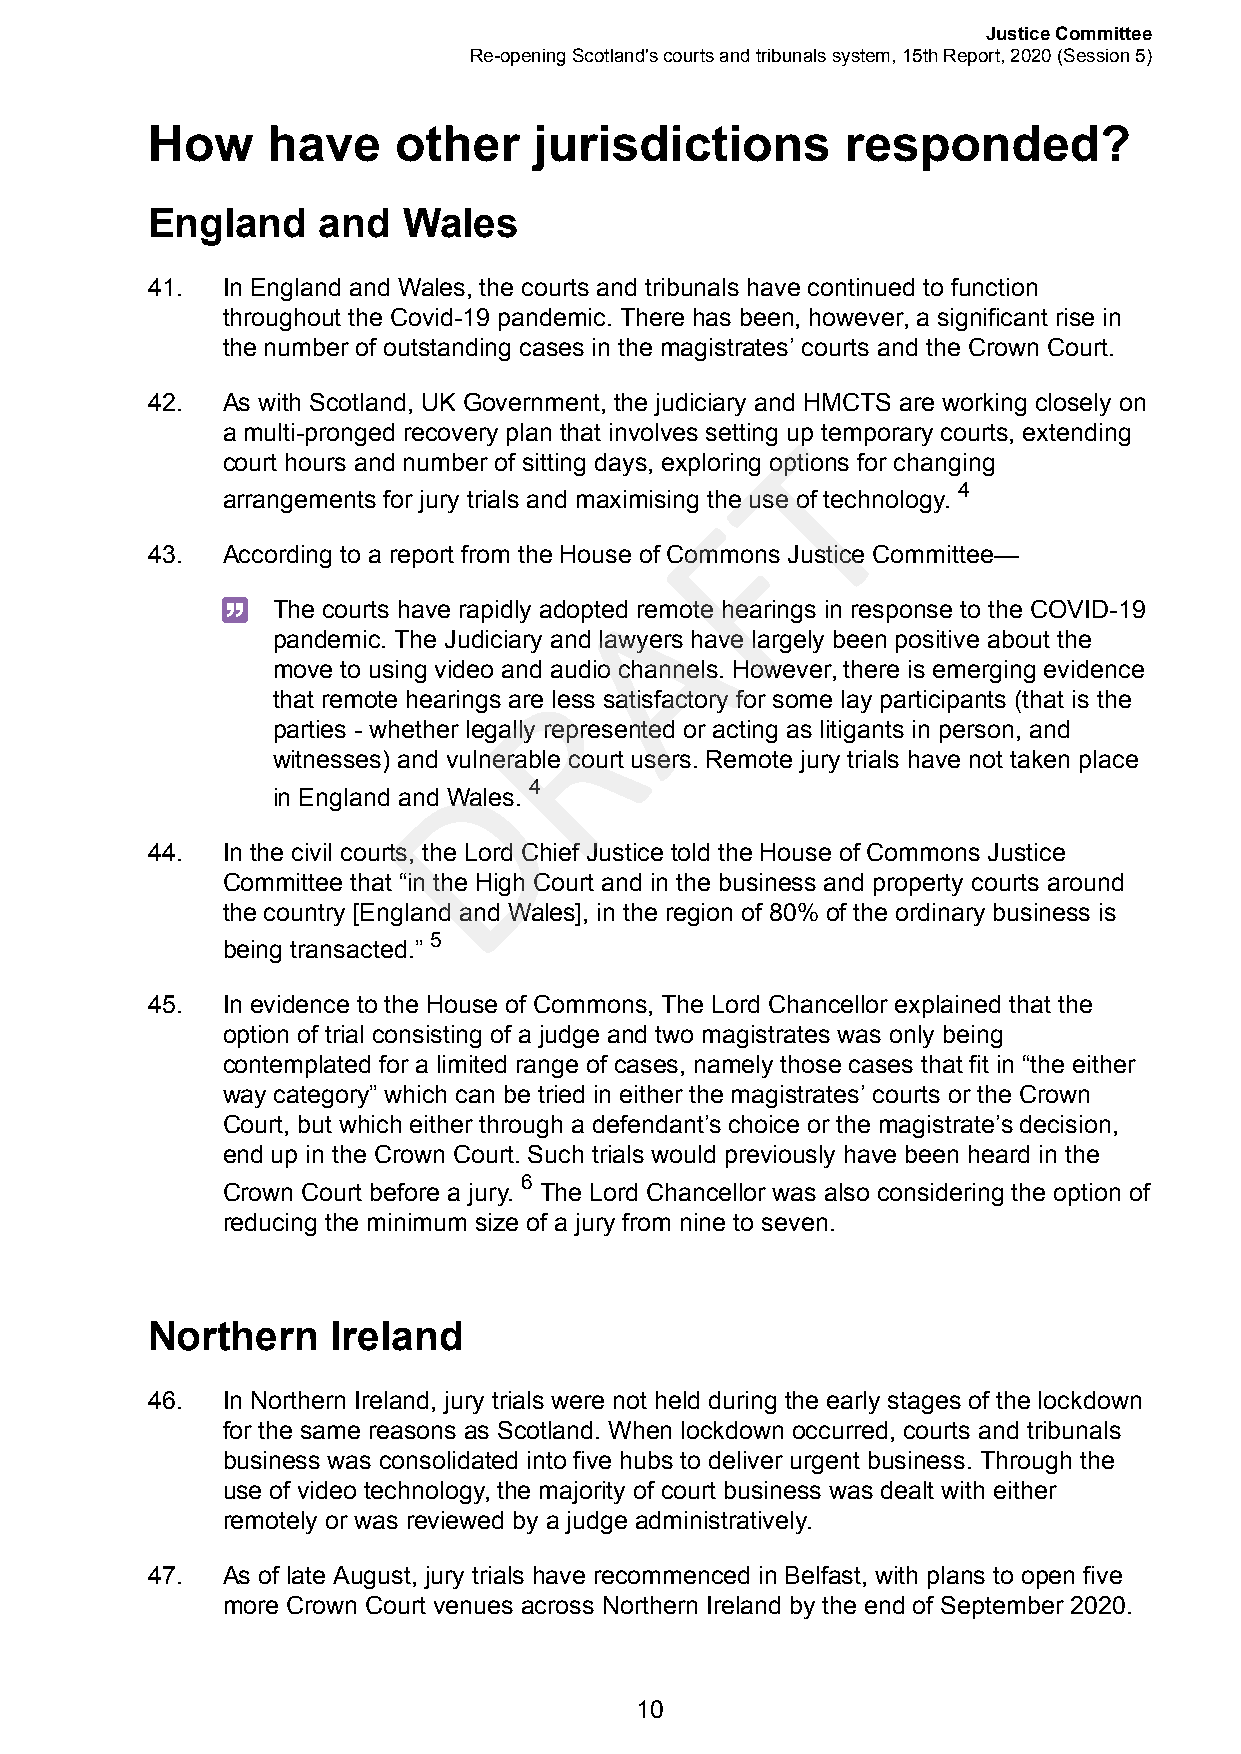
Justice Committee
 Re-opening Scotland's courts and tribunals system, 15th Report, 2020 (Session 5)
 How     have    other    jurisdictions        responded?
 England    and   Wales
 41.  In England and Wales, the courts and tribunals have continued to function
 throughout the Covid-19 pandemic. There has been, however, a significant rise in
 the number of outstanding cases in the magistrates’ courts and the Crown Court.
 42.  As with Scotland, UK Government, the judiciary and HMCTS are working closely on
 a multi-pronged recovery plan that involves setting Tup temporary courts, extending
 court hours and number of sitting days, exploring options for changing
 4
 arrangements for jury trials and maximising the use of technology.
 F
 43.  According to a report from the House of Commons Justice Committee—
 A
 The courts have rapidly adopted remote hearings in response to the COVID-19
 pandemic. The Judiciary and lawyers have largely been positive about the
 move to using video and audio channels. However, there is emerging evidence
 R
 that remote hearings are less satisfactory for some lay participants (that is the
 parties - whether legally represented or acting as litigants in person, and
 witnesses) and vDulnerable court users. Remote jury trials have not taken place
 4
 in England and Wales.
 44.  In the civil courts, the Lord Chief Justice told the House of Commons Justice
 Committee that “in the High Court and in the business and property courts around
 the country [England and Wales], in the region of 80% of the ordinary business is
 5
 being transacted.”
 45.  In evidence to the House of Commons, The Lord Chancellor explained that the
 option of trial consisting of a judge and two magistrates was only being
 contemplated for a limited range of cases, namely those cases that fit in “the either
 way category” which can be tried in either the magistrates’ courts or the Crown
 Court, but which either through a defendant’s choice or the magistrate’s decision,
 end up in the Crown Court. Such trials would previously have been heard in the
 6
 Crown Court before a jury. The Lord Chancellor was also considering the option of
 reducing the minimum size of a jury from nine to seven.
 Northern    Ireland
 46.  In Northern Ireland, jury trials were not held during the early stages of the lockdown
 for the same reasons as Scotland. When lockdown occurred, courts and tribunals
 business was consolidated into five hubs to deliver urgent business. Through the
 use of video technology, the majority of court business was dealt with either
 remotely or was reviewed by a judge administratively.
 47.  As of late August, jury trials have recommenced in Belfast, with plans to open five
 more Crown Court venues across Northern Ireland by the end of September 2020.
 10